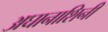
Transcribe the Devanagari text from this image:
अघानाशिनी